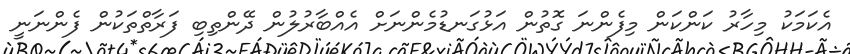
އެކަމަކު މިހާރު ކަންކަން މިފެންނަ ގޮތުން އަޅުގަނޑުމެންނަށް އެއްބާރުލުން ދޭންތިބި ފަރާތްތަކުން ފެންނަނީ